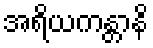
အရိယကန္တာနိ